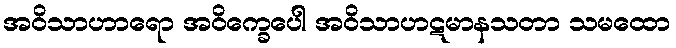
အဝိသာဟာရော အဝိက္ခေပေါ အဝိသာဟဋမာနသတာ သမထော